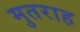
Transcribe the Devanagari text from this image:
मुतराह